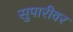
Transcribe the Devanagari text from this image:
सुपारीवर